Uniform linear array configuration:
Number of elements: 16
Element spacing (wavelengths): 1
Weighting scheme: kaiser
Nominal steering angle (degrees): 15
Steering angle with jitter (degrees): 14.408
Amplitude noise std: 0.05
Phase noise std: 0.05

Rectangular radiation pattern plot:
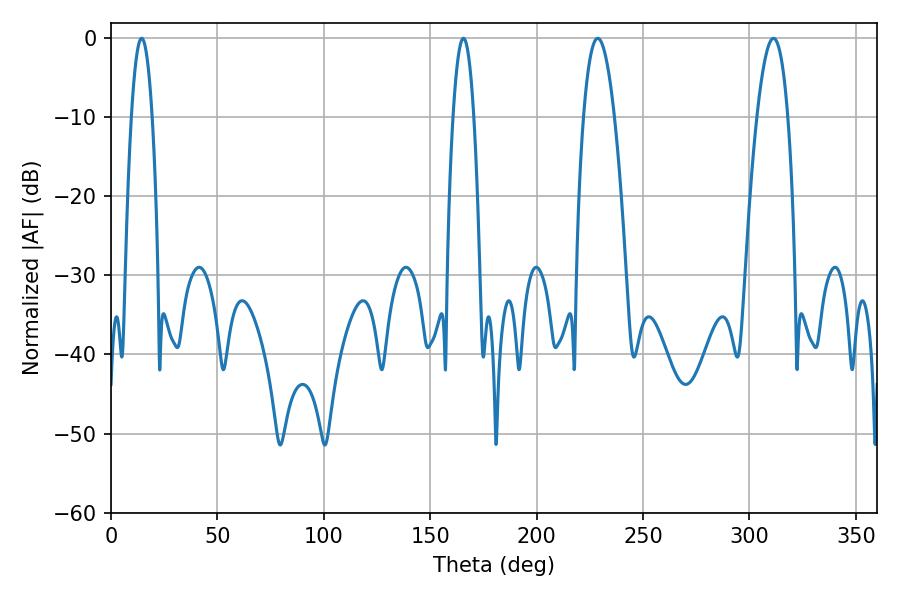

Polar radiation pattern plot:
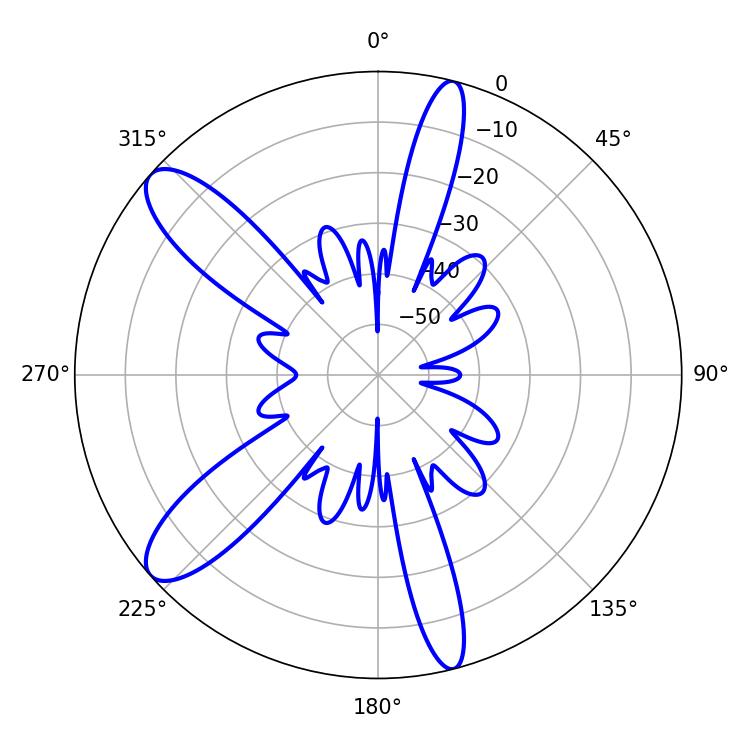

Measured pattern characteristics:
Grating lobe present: TRUE
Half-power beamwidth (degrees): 5.4
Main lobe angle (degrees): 14.4